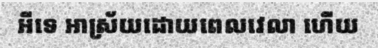
អីទេ អាស្រ័យដោយពេលវេលា ហើយ